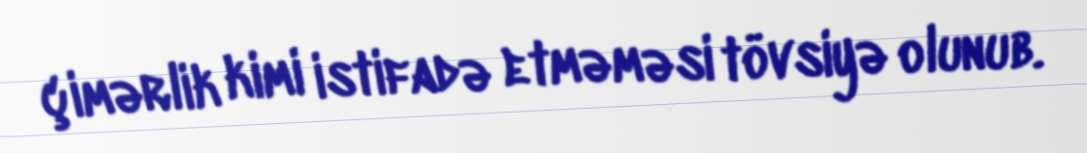
çimərlik kimi istifadə etməməsi tövsiyə olunub.